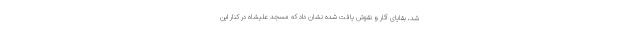
شد، بقایای آثار و نقوش یافت شده نشان داد که مسجد علیشاه در کنار این